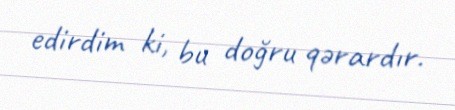
edirdim ki, bu doğru qərardır.